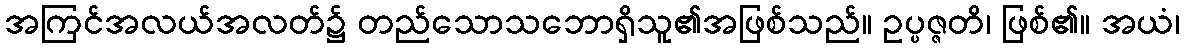
အကြင်အလယ်အလတ်၌ တည်သောသဘောရှိသူ၏အဖြစ်သည်။ ဥပ္ပဇ္ဇတိ၊ ဖြစ်၏။ အယံ၊